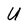
Character: U